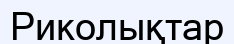
Риколықтар